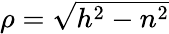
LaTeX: \textstyle\rho={\sqrt{h^{2}-n^{2}}}